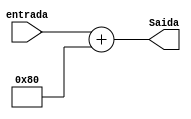
module SomaFixa(entrada,Saida);


input wire[7:0]entrada;
output wire[7:0]Saida;


assign Saida = entrada + 8'b10000000;


endmodule